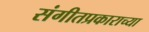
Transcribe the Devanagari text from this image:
संगीतप्रकाराच्या